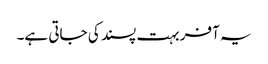
یہ آفر بہت پسند کی جاتی ہے۔